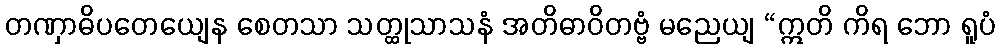
တဏှာဓိပတေယျေန စေတသာ သတ္ထုသာသနံ အတိဓာဝိတဗ္ဗံ မညေယျ “ဣတိ ကိရ ဘော ရူပံ